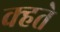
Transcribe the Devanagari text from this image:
क्हते